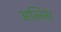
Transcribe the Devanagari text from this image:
आल्जिनेट